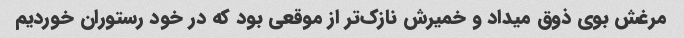
مرغش بوی ذوق میداد و خمیرش نازک‌تر از موقعی بود که در خود رستوران خوردیم